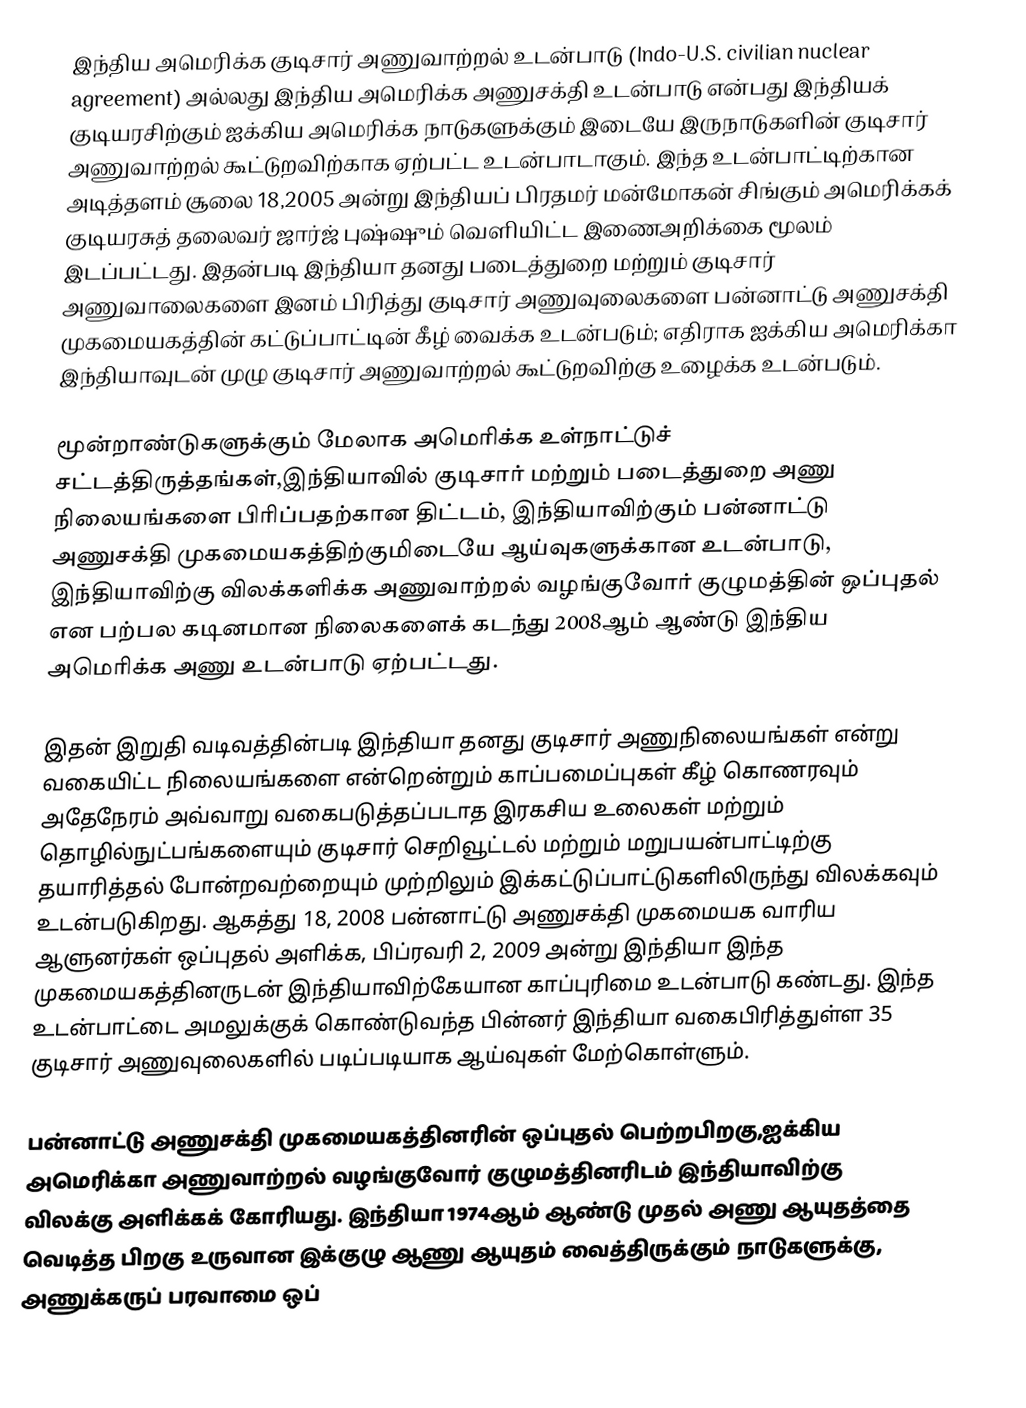
இந்திய அமெரிக்க குடிசார் அணுவாற்றல் உடன்பாடு (Indo-U.S. civilian nuclear agreement) அல்லது இந்திய அமெரிக்க அணுசக்தி உடன்பாடு என்பது இந்தியக் குடியரசிற்கும் ஐக்கிய அமெரிக்க நாடுகளுக்கும் இடையே இருநாடுகளின் குடிசார் அணுவாற்றல் கூட்டுறவிற்காக ஏற்பட்ட உடன்பாடாகும். இந்த உடன்பாட்டிற்கான அடித்தளம் சூலை 18,2005 அன்று இந்தியப் பிரதமர் மன்மோகன் சிங்கும் அமெரிக்கக் குடியரசுத் தலைவர் ஜார்ஜ் புஷ்ஷும் வெளியிட்ட இணைஅறிக்கை மூலம் இடப்பட்டது. இதன்படி இந்தியா தனது படைத்துறை மற்றும் குடிசார் அணுவாலைகளை இனம் பிரித்து குடிசார் அணுவுலைகளை பன்னாட்டு அணுசக்தி முகமையகத்தின் கட்டுப்பாட்டின் கீழ் வைக்க உடன்படும்; எதிராக ஐக்கிய அமெரிக்கா இந்தியாவுடன் முழு குடிசார் அணுவாற்றல் கூட்டுறவிற்கு உழைக்க உடன்படும்.

மூன்றாண்டுகளுக்கும் மேலாக அமெரிக்க உள்நாட்டுச் சட்டத்திருத்தங்கள்,இந்தியாவில் குடிசார் மற்றும் படைத்துறை அணு நிலையங்களை பிரிப்பதற்கான திட்டம், இந்தியாவிற்கும் பன்னாட்டு அணுசக்தி முகமையகத்திற்குமிடையே ஆய்வுகளுக்கான உடன்பாடு, இந்தியாவிற்கு விலக்களிக்க அணுவாற்றல் வழங்குவோர் குழுமத்தின் ஒப்புதல் என பற்பல கடினமான நிலைகளைக் கடந்து 2008ஆம் ஆண்டு இந்திய அமெரிக்க அணு உடன்பாடு ஏற்பட்டது.

இதன் இறுதி வடிவத்தின்படி இந்தியா தனது குடிசார் அணுநிலையங்கள் என்று வகையிட்ட நிலையங்களை என்றென்றும் காப்பமைப்புகள் கீழ் கொணரவும் அதேநேரம் அவ்வாறு வகைபடுத்தப்படாத இரகசிய உலைகள் மற்றும் தொழில்நுட்பங்களையும் குடிசார் செறிவூட்டல் மற்றும் மறுபயன்பாட்டிற்கு தயாரித்தல் போன்றவற்றையும் முற்றிலும் இக்கட்டுப்பாட்டுகளிலிருந்து விலக்கவும் உடன்படுகிறது. ஆகத்து 18, 2008 பன்னாட்டு அணுசக்தி முகமையக வாரிய ஆளுனர்கள் ஒப்புதல் அளிக்க, பிப்ரவரி 2, 2009 அன்று இந்தியா இந்த முகமையகத்தினருடன் இந்தியாவிற்கேயான காப்புரிமை உடன்பாடு கண்டது. இந்த உடன்பாட்டை அமலுக்குக் கொண்டுவந்த பின்னர் இந்தியா வகைபிரித்துள்ள 35 குடிசார் அணுவுலைகளில் படிப்படியாக ஆய்வுகள் மேற்கொள்ளும்.

பன்னாட்டு அணுசக்தி முகமையகத்தினரின் ஒப்புதல் பெற்றபிறகு,ஐக்கிய அமெரிக்கா அணுவாற்றல் வழங்குவோர் குழுமத்தினரிடம் இந்தியாவிற்கு விலக்கு அளிக்கக் கோரியது.  இந்தியா 1974ஆம் ஆண்டு முதல் அணு ஆயுதத்தை வெடித்த பிறகு உருவான இக்குழு ஆணு ஆயுதம் வைத்திருக்கும் நாடுகளுக்கு, அணுக்கருப் பரவாமை ஒப்